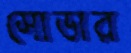
সোডার